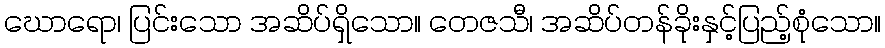
ဃောရော၊ ပြင်းသော အဆိပ်ရှိသော။ တေဇသီ၊ အဆိပ်တန်ခိုးနှင့်ပြည့်စုံသော။